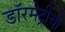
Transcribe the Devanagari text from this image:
डॉरमेट्रीची